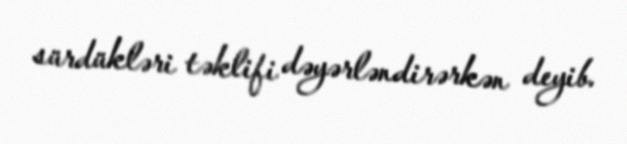
sürdükləri təklifi dəyərləndirərkən deyib.